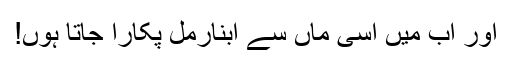
اور اب میں اسی ماں سے ابنارمل پکارا جاتا ہوں!